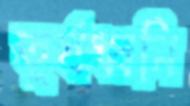
তূর্যধ্বনি